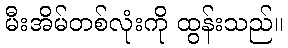
မီးအိမ်တစ်လုံးကို ထွန်းသည်။